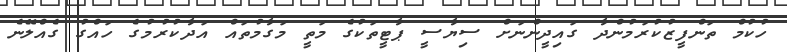
ހުކުމް ތަންފީޒުކުރަމުންދާ ގައިދީންނަށް ސިޔާސީ ޕާޓީތަކުގެ މަތީ މަގާމުތައް އަދާކުރުމުގެ ހައްގު ގެއްލޭނެ